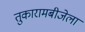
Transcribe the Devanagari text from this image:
तुकारामबीजेला